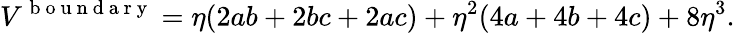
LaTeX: V^{\mathrm{~b~o~u~n~d~a~r~y~}}=\eta(2ab+2bc+2ac)+\eta^{2}(4a+4b+4c)+8\eta^{3}.